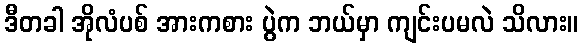
ဒီတခါ အိုလံပစ် အားကစား ပွဲက ဘယ်မှာ ကျင်းပမလဲ သိလား။